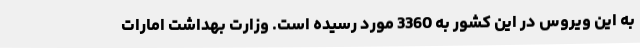
به این ویروس در این کشور به 3360 مورد رسیده است. وزارت بهداشت امارات